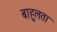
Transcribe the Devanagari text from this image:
बाहुलता